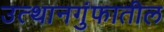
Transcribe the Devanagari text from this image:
उत्थानगुंफातील